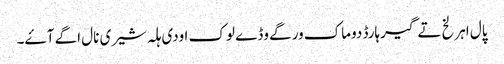
پال اہرلخ تے گیرہارڈ دوماک ورگے وڈے لوک اودی ہلہ شیری نال اگے آۓ۔